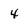
Character: 4